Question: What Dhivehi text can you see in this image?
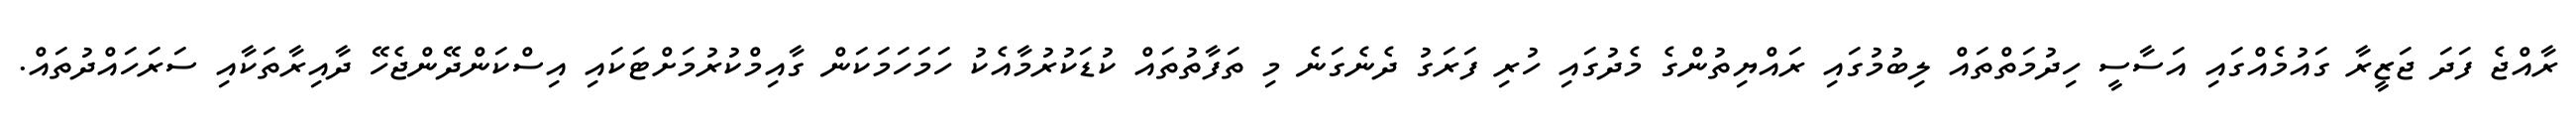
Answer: ރާއްޖެ ފަދަ ޖަޒީރާ ގައުމެއްގައި އަސާސީ ހިދުމަތްތައް ލިބުމުގައި ރައްޔިތުންގެ މެދުގައި ހުރި ފަރަގު ދެނެގަނެ މި ތަފާތުތައް ކުޑަކުރުމާއެކު ހަމަހަމަކަން ގާއިމްކުރުމަށްޓަކައި އިސްކަންދޭންޖެހޭ ދާއިރާތަކާއި ސަރަހައްދުތައް.